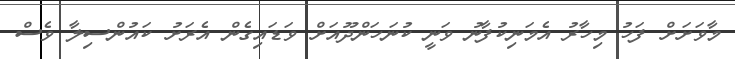
މާވަށަށް ފަހު މިހާރު އެމަނިކުފާނު ވަނީ ކުނަހަންދޫއަށް ވަޑައިގެން އެރަށު ކައުންސިލާ ވެސް